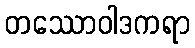
တဿောဝါဒကရာ